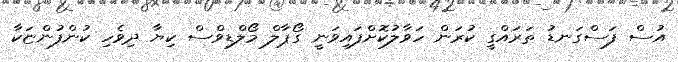
އުސް ފަސްގަނޑު ތަރައްގީ ކުރަން ހަވާލުކޮށްފައިވަނީ ގޯޕާލް މޯލްޑިވްސް ކިޔާ ދިވެހި ކުންފުންޏަކާ